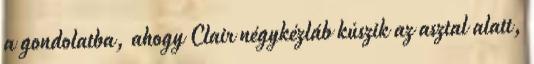
a gondolatba, ahogy Clair négykézláb kúszik az asztal alatt,